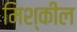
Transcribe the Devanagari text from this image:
मिश्कील